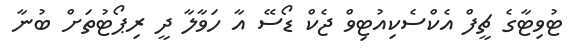
ޓުވިޓާގެ ޗީފް އެކްސެކިއުޓިވް ޖެކް ޑޯސޭ އާ ހަވާލާ ދީ ރިޕޯޓުތަށް ބުނާ